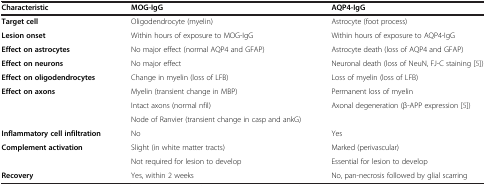
<table><thead><tr><td><b>Characteristic</b></td><td><b>MOG-IgG</b></td><td><b>AQP4-IgG</b></td></tr></thead><tbody><tr><td><b>Target cell</b></td><td>Oligodendrocyte (myelin)</td><td>Astrocyte (foot process)</td></tr><tr><td><b>Lesion onset</b></td><td>Within hours of exposure to MOG-IgG</td><td>Within hours of exposure to AQP4-IgG</td></tr><tr><td><b>Effect on astrocytes</b></td><td>No major effect (normal AQP4 and GFAP)</td><td>Astrocyte death (loss of AQP4 and GFAP)</td></tr><tr><td><b>Effect on neurons</b></td><td>No major effect</td><td>Neuronal death (loss of NeuN, FJ-C staining[5])</td></tr><tr><td><b>Effect on oligodendrocytes</b></td><td>Change in myelin (loss of LFB)</td><td>Loss of myelin (loss of LFB)</td></tr><tr><td><b>Effect on axons</b></td><td>Myelin (transient change in MBP)</td><td>Permanent loss of myelin</td></tr><tr><td>[EMPTY_CELL]</td><td>Intact axons (normal nfil)</td><td>Axonal degeneration (β-APP expression[5])</td></tr><tr><td>[EMPTY_CELL]</td><td>Node of Ranvier (transient change in casp and ankG)</td><td>[EMPTY_CELL]</td></tr><tr><td><b>Inflammatory cell infiltration</b></td><td>No</td><td>Yes</td></tr><tr><td><b>Complement activation</b></td><td>Slight (in white matter tracts)</td><td>Marked (perivascular)</td></tr><tr><td>[EMPTY_CELL]</td><td>Not required for lesion to develop</td><td>Essential for lesion to develop</td></tr><tr><td><b>Recovery</b></td><td>Yes, within 2 weeks</td><td>No, pan-necrosis followed by glial scarring</td></tr></tbody></table>